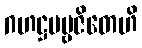
ဂဟဋ္ဌပဗ္ဗဇိတေဟိ